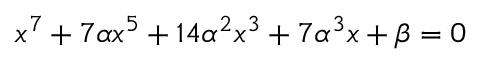
x ^ { 7 } + 7 \alpha x ^ { 5 } + 1 4 \alpha ^ { 2 } x ^ { 3 } + 7 \alpha ^ { 3 } x + \beta = 0